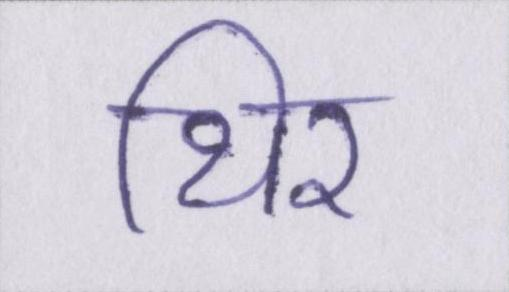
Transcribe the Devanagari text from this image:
थिर